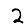
Digit: 2